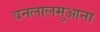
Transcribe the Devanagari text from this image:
वनलालमुआना